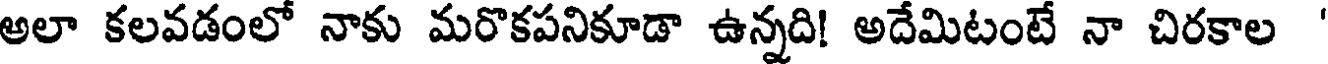
అలా కలవడంలో నాకు మరొకపనికూడా ఉన్నది! అదేమిటంటే నా చిరకాల